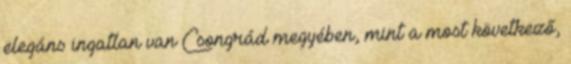
elegáns ingatlan van Csongrád megyében, mint a most következő,